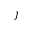
\boldsymbol { \jmath }